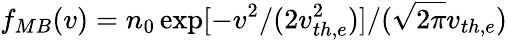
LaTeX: f_{MB}(v)=n_{0}\exp[-v^{2}/(2v_{th,e}^{2})]/(\sqrt{2\pi}v_{th,e})